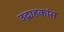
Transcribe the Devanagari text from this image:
उद्वाहकांस